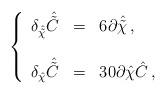
LaTeX: \begin{align*}\left\{\begin{array}{rcl}\delta_{\hat{\tilde{\chi}}}\hat{\tilde{C}} & = & 6\partial\hat{\tilde{\chi}}\, ,\\& & \\\delta_{\hat{\chi}}\hat{\tilde{C}} & = & 30\partial\hat{\chi}\hat{C}\, ,\\\end{array}\right.\end{align*}